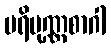
ပရိပုဏ္ဏစာဂါ